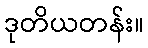
ဒုတိယတန်း။